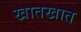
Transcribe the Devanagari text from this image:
खातखात